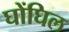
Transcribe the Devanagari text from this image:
घोंघिल